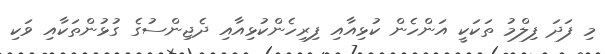
މި ފަދަ ފިލްމު ތަކަކީ އަންހެން ކުޅިއާއި ފިރިހެންކުޅިއާއި ދެޖިންސުގެ ގުޅުންތަކާއި ވަކި